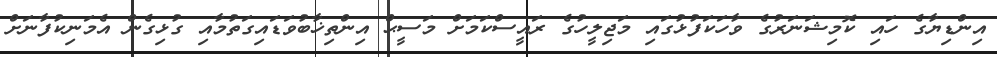
އިންޑިޔާގެ ހައި ކޮމިޝަނަރުގެ ވާހަކަފުޅުގައި މަޖިލީހުގެ ރައީސްކަމަށް މަސީޙް އިންތިޚާބުވަޑައިގަތުމާއި ގުޅިގެން އެމަނިކުފާނަށް